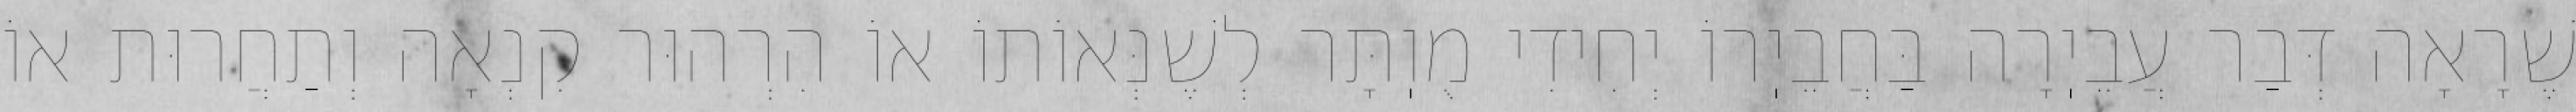
שֶׁרָאָה דְּבַר עֲבֵיֽרָה בַּחֲבֵיֽרוֹ יְחִידִי מֻוֽתָּר לְשֶׁנְּאוֹתוֹ אוֹ הִרְהוּר קִנְאָה וְתַחֲרוּת אוֹ